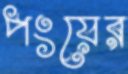
পংয়ের